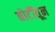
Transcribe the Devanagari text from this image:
बोटींतून